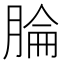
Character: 腀